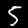
Digit: 5